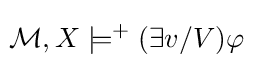
\!{\mathcal {M}},X\models ^{+}(\exists v/V)\varphi